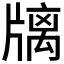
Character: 𤗫